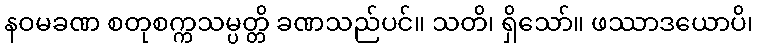
နဝမခဏ စတုစက္ကသမ္ပတ္တိ ခဏသည်ပင်။ သတိ၊ ရှိသော်။ ဖဿာဒယောပိ၊